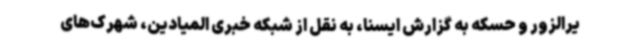
یرالزور و حسکه به گزارش ایسنا، به نقل از شبکه خبری المیادین، شهرک‌های